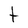
Character: t